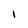
Character: I